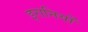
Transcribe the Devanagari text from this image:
इरानियों